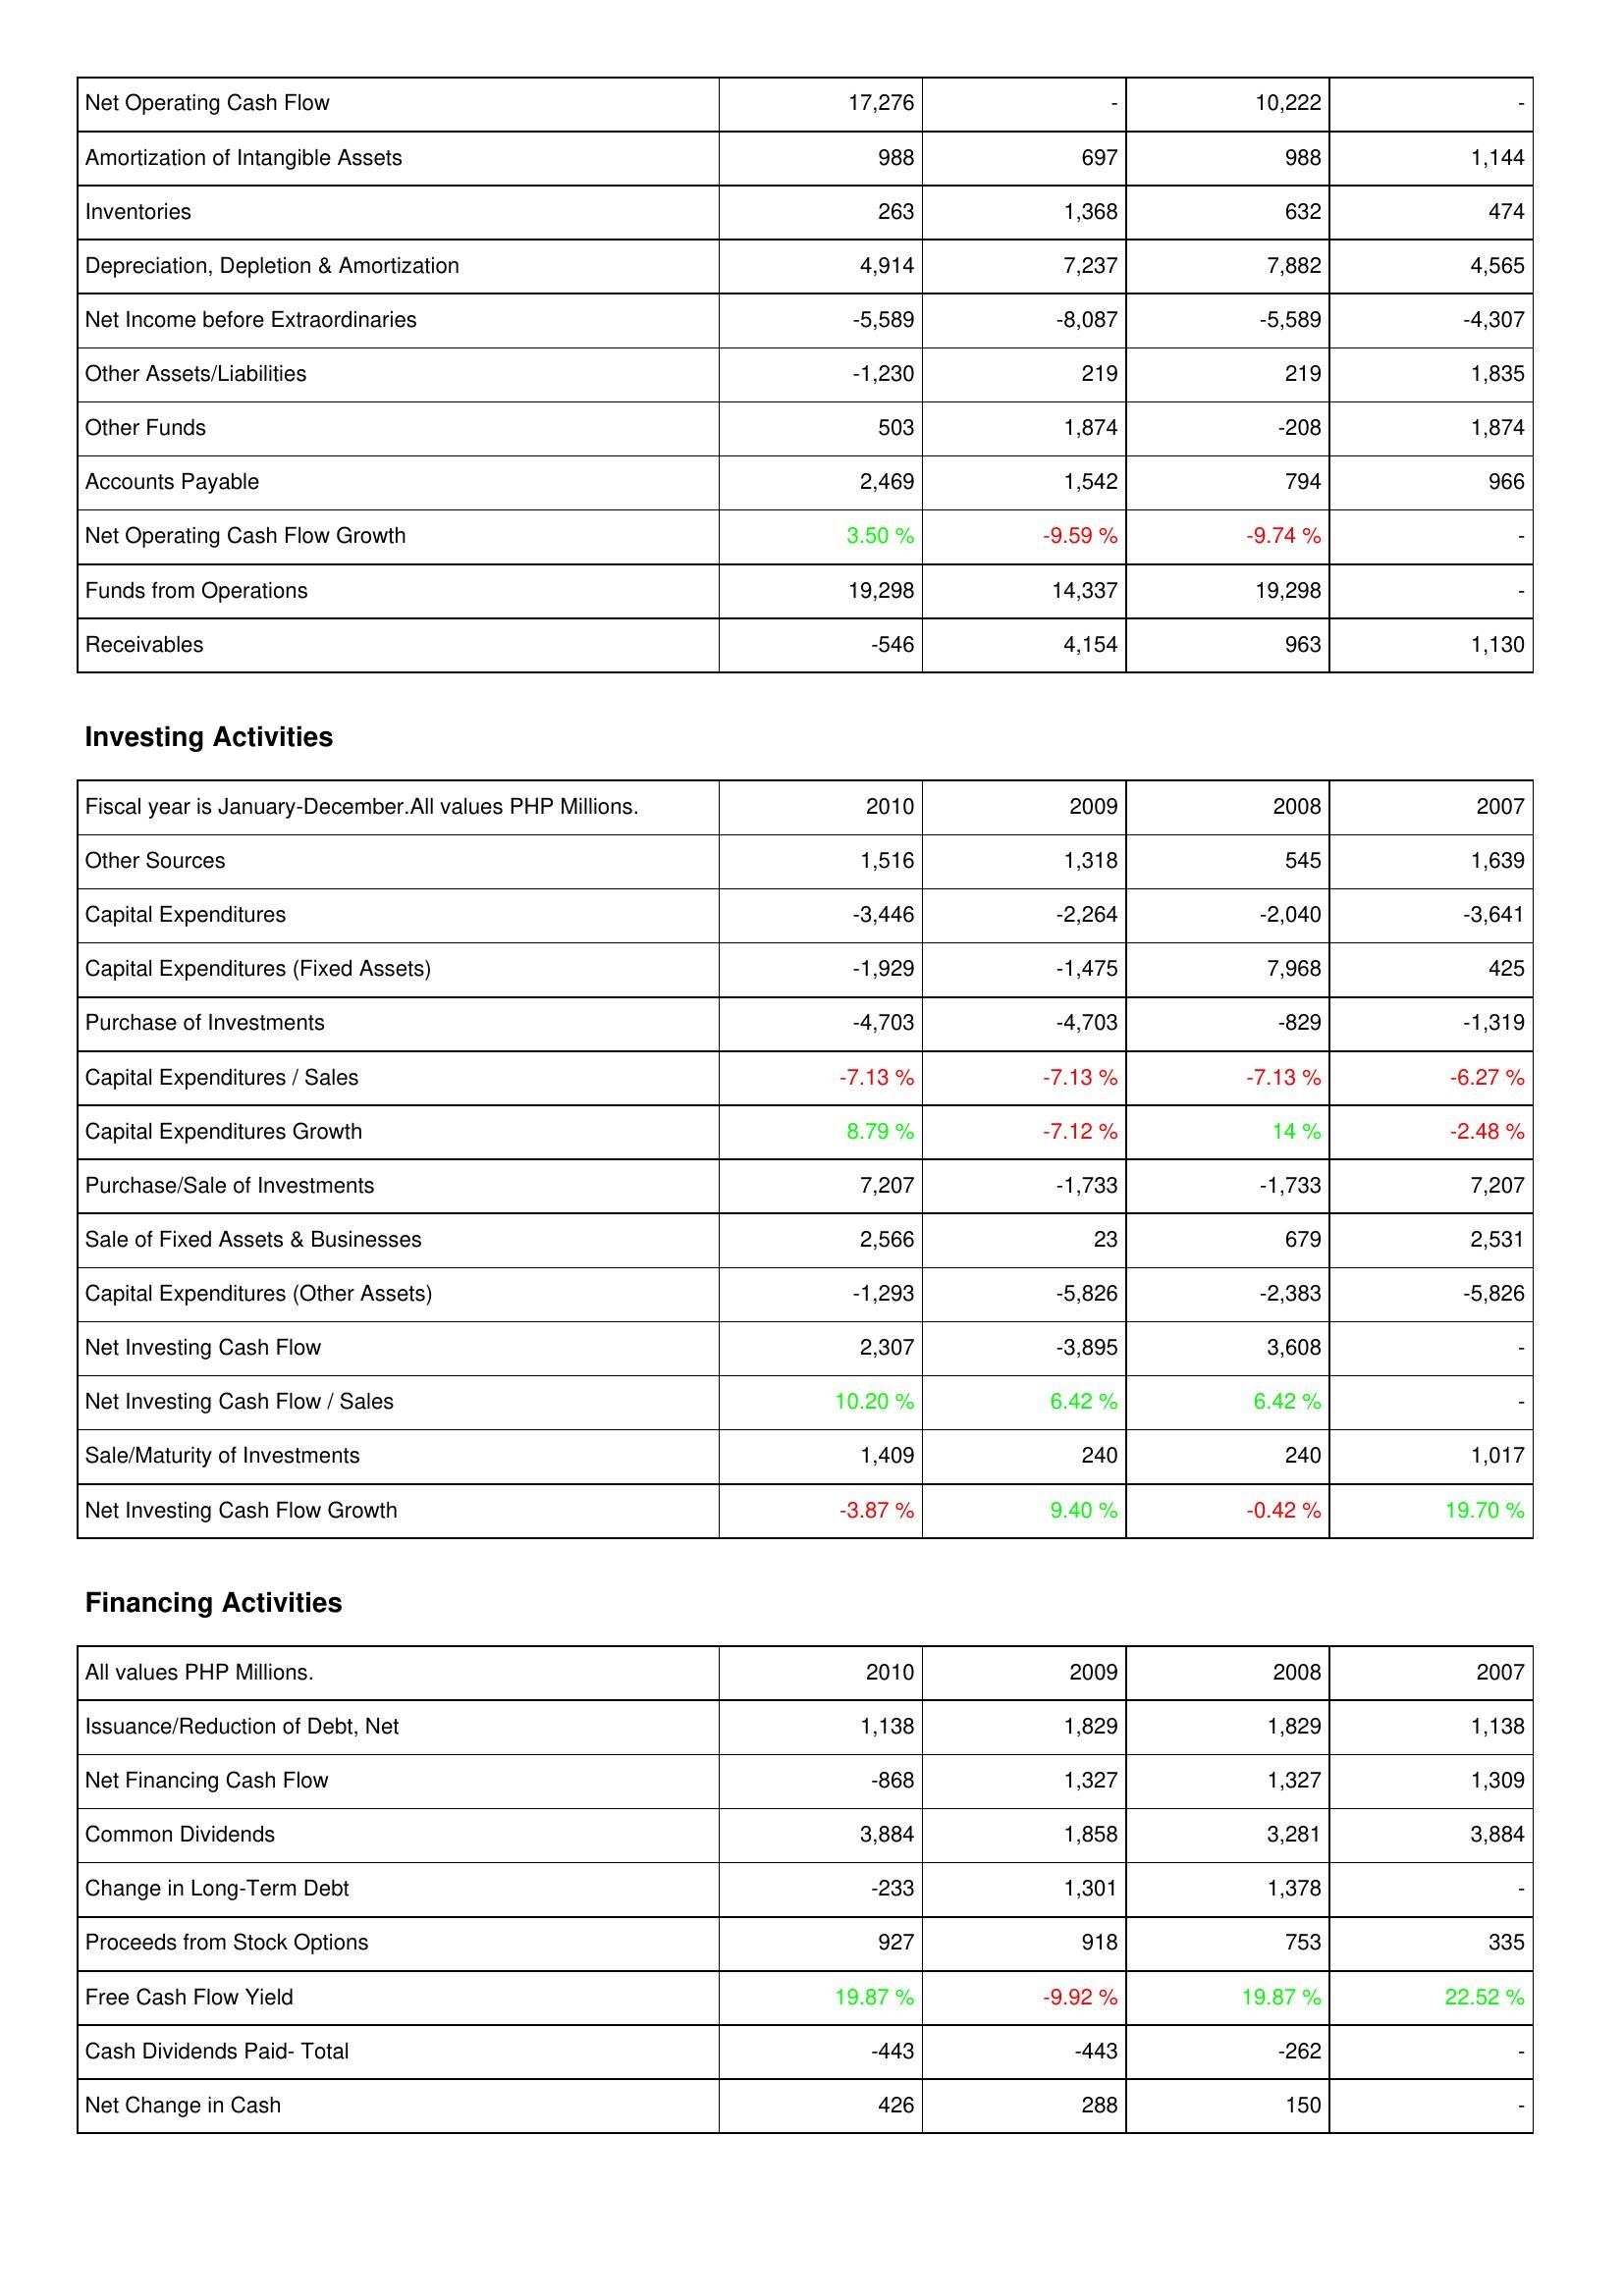
2010: Operating Activities: Net Operating Cash Flow: 17,276
Amortization of Intangible Assets: 988
Inventories: 263
Depreciation, Depletion & Amortization: 4,914
Net Income before Extraordinaries: -5,589
Other Assets/Liabilities: -1,230
Other Funds: 503
Accounts Payable: 2,469
Net Operating Cash Flow Growth: 3.50 %
Funds from Operations: 19,298
Receivables: -546
Investing Activities: Other Sources: 1,516
Capital Expenditures: -3,446
Capital Expenditures (Fixed Assets): -1,929
Purchase of Investments: -4,703
Capital Expenditures / Sales: -7.13 %
Capital Expenditures Growth: 8.79 %
Purchase/Sale of Investments: 7,207
Sale of Fixed Assets & Businesses: 2,566
Capital Expenditures (Other Assets): -1,293
Net Investing Cash Flow: 2,307
Net Investing Cash Flow / Sales: 10.20 %
Sale/Maturity of Investments: 1,409
Net Investing Cash Flow Growth: -3.87 %
Financing Activities: Issuance/Reduction of Debt, Net: 1,138
Net Financing Cash Flow: -868
Common Dividends: 3,884
Change in Long-Term Debt: -233
Proceeds from Stock Options: 927
Free Cash Flow Yield: 19.87 %
Cash Dividends Paid- Total: -443
Net Change in Cash: 426
2009: Operating Activities: Net Operating Cash Flow: -
Amortization of Intangible Assets: 697
Inventories: 1,368
Depreciation, Depletion & Amortization: 7,237
Net Income before Extraordinaries: -8,087
Other Assets/Liabilities: 219
Other Funds: 1,874
Accounts Payable: 1,542
Net Operating Cash Flow Growth: -9.59 %
Funds from Operations: 14,337
Receivables: 4,154
Investing Activities: Other Sources: 1,318
Capital Expenditures: -2,264
Capital Expenditures (Fixed Assets): -1,475
Purchase of Investments: -4,703
Capital Expenditures / Sales: -7.13 %
Capital Expenditures Growth: -7.12 %
Purchase/Sale of Investments: -1,733
Sale of Fixed Assets & Businesses: 23
Capital Expenditures (Other Assets): -5,826
Net Investing Cash Flow: -3,895
Net Investing Cash Flow / Sales: 6.42 %
Sale/Maturity of Investments: 240
Net Investing Cash Flow Growth: 9.40 %
Financing Activities: Issuance/Reduction of Debt, Net: 1,829
Net Financing Cash Flow: 1,327
Common Dividends: 1,858
Change in Long-Term Debt: 1,301
Proceeds from Stock Options: 918
Free Cash Flow Yield: -9.92 %
Cash Dividends Paid- Total: -443
Net Change in Cash: 288
2008: Operating Activities: Net Operating Cash Flow: 10,222
Amortization of Intangible Assets: 988
Inventories: 632
Depreciation, Depletion & Amortization: 7,882
Net Income before Extraordinaries: -5,589
Other Assets/Liabilities: 219
Other Funds: -208
Accounts Payable: 794
Net Operating Cash Flow Growth: -9.74 %
Funds from Operations: 19,298
Receivables: 963
Investing Activities: Other Sources: 545
Capital Expenditures: -2,040
Capital Expenditures (Fixed Assets): 7,968
Purchase of Investments: -829
Capital Expenditures / Sales: -7.13 %
Capital Expenditures Growth: 14 %
Purchase/Sale of Investments: -1,733
Sale of Fixed Assets & Businesses: 679
Capital Expenditures (Other Assets): -2,383
Net Investing Cash Flow: 3,608
Net Investing Cash Flow / Sales: 6.42 %
Sale/Maturity of Investments: 240
Net Investing Cash Flow Growth: -0.42 %
Financing Activities: Issuance/Reduction of Debt, Net: 1,829
Net Financing Cash Flow: 1,327
Common Dividends: 3,281
Change in Long-Term Debt: 1,378
Proceeds from Stock Options: 753
Free Cash Flow Yield: 19.87 %
Cash Dividends Paid- Total: -262
Net Change in Cash: 150
2007: Operating Activities: Net Operating Cash Flow: -
Amortization of Intangible Assets: 1,144
Inventories: 474
Depreciation, Depletion & Amortization: 4,565
Net Income before Extraordinaries: -4,307
Other Assets/Liabilities: 1,835
Other Funds: 1,874
Accounts Payable: 966
Net Operating Cash Flow Growth: -
Funds from Operations: -
Receivables: 1,130
Investing Activities: Other Sources: 1,639
Capital Expenditures: -3,641
Capital Expenditures (Fixed Assets): 425
Purchase of Investments: -1,319
Capital Expenditures / Sales: -6.27 %
Capital Expenditures Growth: -2.48 %
Purchase/Sale of Investments: 7,207
Sale of Fixed Assets & Businesses: 2,531
Capital Expenditures (Other Assets): -5,826
Net Investing Cash Flow: -
Net Investing Cash Flow / Sales: -
Sale/Maturity of Investments: 1,017
Net Investing Cash Flow Growth: 19.70 %
Financing Activities: Issuance/Reduction of Debt, Net: 1,138
Net Financing Cash Flow: 1,309
Common Dividends: 3,884
Change in Long-Term Debt: -
Proceeds from Stock Options: 335
Free Cash Flow Yield: 22.52 %
Cash Dividends Paid- Total: -
Net Change in Cash: -